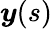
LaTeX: \boldsymbol y(s)